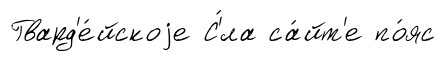
Гвард'е́йскоjе С'́ла са́йт'е по́яс